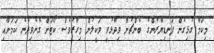
މިކަމާ ގުޅިގެން ފަނޑިޔާރުންގެ ބެންޗުން ވިދާޅުވީ ވަކީލުން މިހާރުވެސް ކޯޓަށް ގެނެވިދާނެ ކަމަށާއި